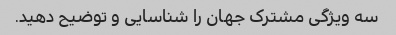
سه ویژگی مشترک جهان را شناسایی و توضیح دهید.